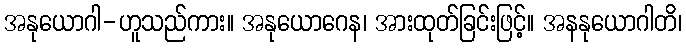
အနုယောဂါ-ဟူသည်ကား။ အနုယောဂေန၊ အားထုတ်ခြင်းဖြင့်။ အနနုယောဂါတိ၊